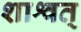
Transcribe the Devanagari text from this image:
शाश्वत्‌